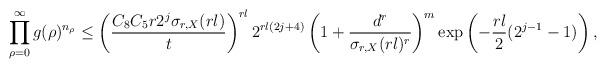
LaTeX: \begin{align*}\prod_{\rho=0}^{\infty}g(\rho)^{n_\rho}\leq \left(\frac{C_8C_5r 2^{j}\sigma_{r,X}(rl)}{t}\right)^{rl} 2^{rl(2j+4)}\left(1+\frac{d^r}{\sigma_{r,X}(rl)^r}\right)^m\exp\left(-\frac{rl}{2}(2^{j-1}-1)\right),\end{align*}